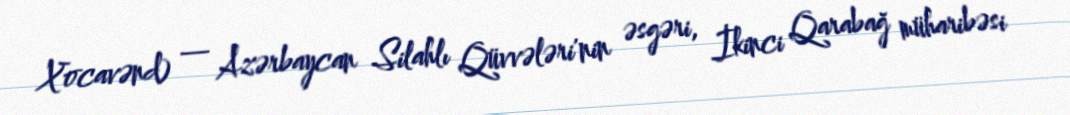
Xocavənd) — Azərbaycan Silahlı Qüvvələri'nin əsgəri, İkinci Qarabağ müharibəsi